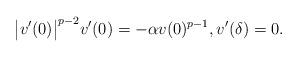
LaTeX: \begin{align*}\big|v'(0)\big|^{p-2} v'(0)=-\alpha v(0)^{p-1},v'(\delta)=0. \end{align*}